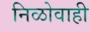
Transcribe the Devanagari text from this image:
निळोवाही